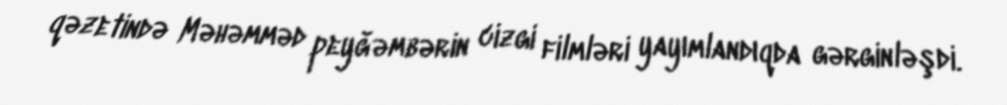
qəzetində Məhəmməd peyğəmbərin cizgi filmləri yayımlandıqda gərginləşdi.